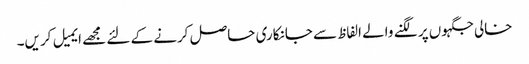
خالی جگہوں پر لگنے والے الفاظ سے جانکاری حاصل کرنے کے لئے مجھے ایمیل کریں۔